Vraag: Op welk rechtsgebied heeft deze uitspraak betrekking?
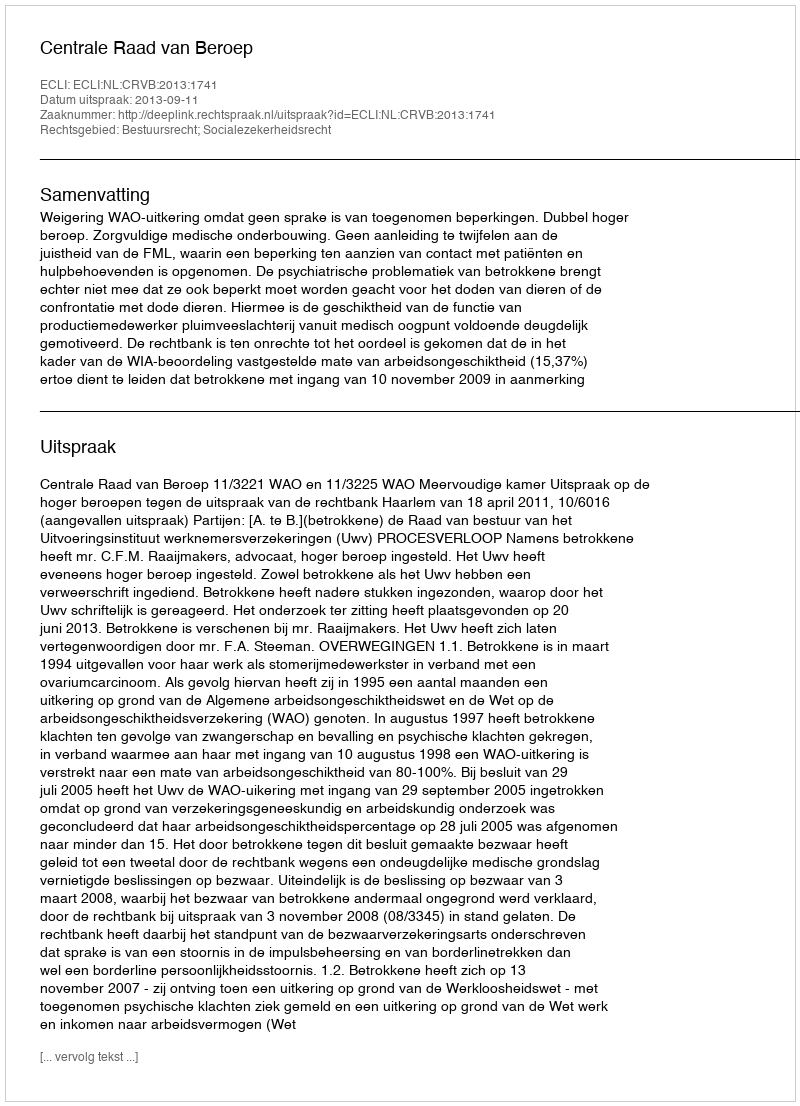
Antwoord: Bestuursrecht; Socialezekerheidsrecht